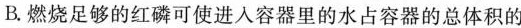
B.燃烧足够的红磷可使进入容器里的水占容器的总体积的